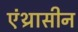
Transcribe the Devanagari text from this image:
एंथ्रासीन